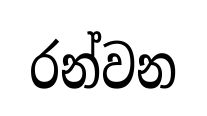
රන්වන